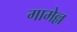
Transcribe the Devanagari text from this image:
गामेल्ल